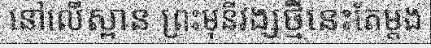
នៅលើស្ពាន ព្រះមុនីវង្សថ្មីនេះតែម្តង